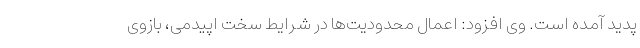
پدید آمده است. وی افزود: اعمال محدودیت‌ها در شرایط سخت اپیدمی، بازوی